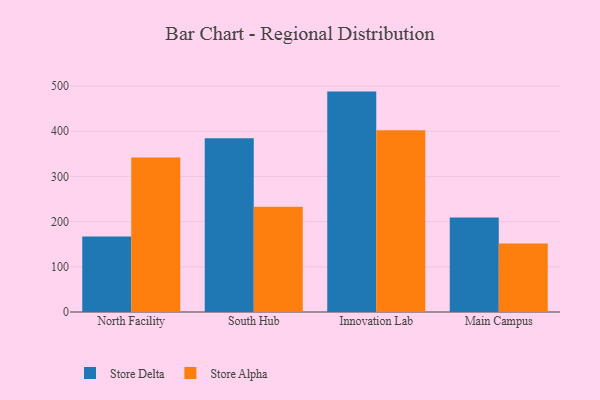
{"axis": {"x": "Campus", "y": "Active Users"}, "legend": ["Store Alpha", "Store Delta"], "data": [{"x": "North Facility", "y": 167.0, "type": "Store Delta"}, {"x": "North Facility", "y": 342.2, "type": "Store Alpha"}, {"x": "South Hub", "y": 384.3, "type": "Store Delta"}, {"x": "South Hub", "y": 233.1, "type": "Store Alpha"}, {"x": "Innovation Lab", "y": 487.8, "type": "Store Delta"}, {"x": "Innovation Lab", "y": 402.2, "type": "Store Alpha"}, {"x": "Main Campus", "y": 209.2, "type": "Store Delta"}, {"x": "Main Campus", "y": 151.7, "type": "Store Alpha"}]}